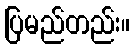
ပြမည်တည်း။